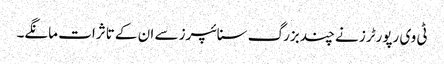
ٹی وی رپورٹرز نے چند بزرگ سنائپرز سے ان کے تاثرات مانگے۔